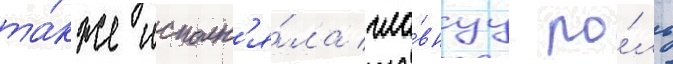
та́кже исполн'я́ла гла́внуу ро́ль